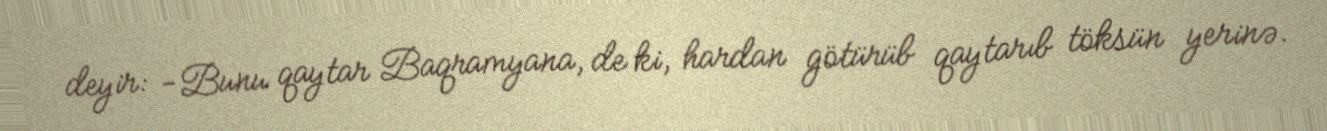
deyir: -Bunu qaytar Baqramyana, de ki, hardan götürüb qaytarıb töksün yerinə.